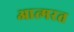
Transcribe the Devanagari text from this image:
आत्मरत